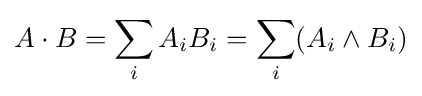
A\cdot B=\sum _{i}A_{i}B_{i}=\sum _{i}(A_{i}\land B_{i})